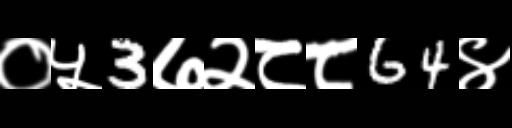
Text: ०५3७२८८64४